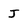
Character: J